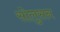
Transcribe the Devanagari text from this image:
सोलुसन